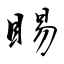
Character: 睗